Annual administration report of the Civil Veterinary Department of India - 1897-1898
Year: 1897
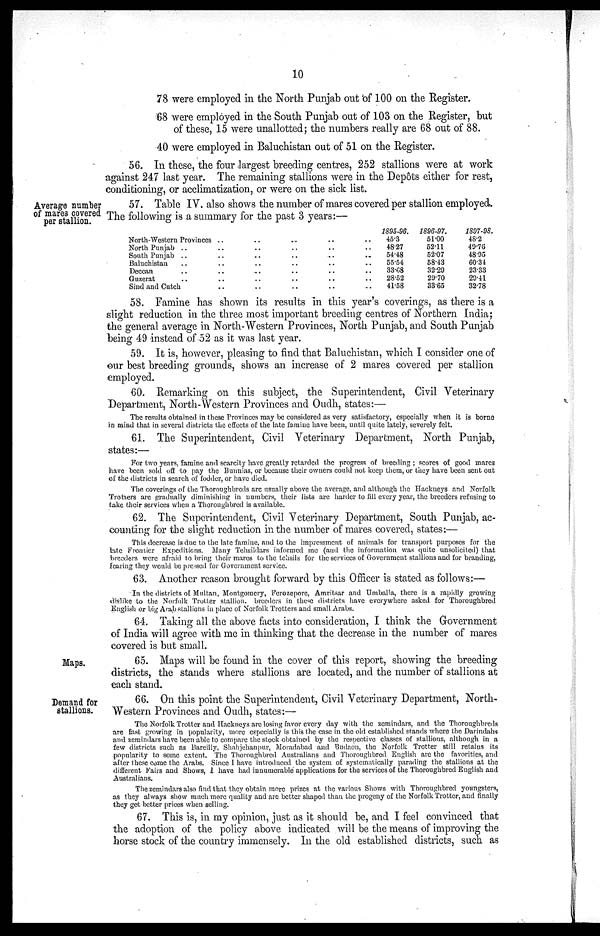
10
78 were employed in the North Punjab out of 100 on the Register.
68 were employed in the South Punjab out of 103 on the Register, but
of these, 15 were unallotted; the numbers really are 68 out of 88.
40 were employed in Baluchistan out of 51 on the Register.
56. In these, the four largest breeding centres, 252 stallions were at work
against 247 last year. The remaining stallions were in the Depôts either for rest,
conditioning, or acclimatization, or were on the sick list.
Average number
of mares covered
per stallion.
57. Table IV. also shows the number of mares covered per stallion employed.
The following is a summary for the past 3 years:—
North-Western Provinces ..
North Punjab .. ..
South Punjab .. ..
Baluchistan .. ..
Deccan .. ..
Guzerat .. ..
Sind and Cutch ..
..
..
..
..
..
..
..
..
..
..
..
..
..
..
..
..
..
..
..
..
..
..
..
..
..
..
..
..
1895-96.
45.3
48.27
54.48
55.54
33.68
28.52
41.58
1896-97.
51.00
52.11
52.07
58.43
32.29
29.70
33.65
1897-98.
48.2
49.76
48.95
60.34
23.33
29.41
32.78
58. Famine has shown its results in this year's coverings, as there is a
slight reduction in the three most important breeding centres of Northern India;
the general average in North-Western Provinces, North Punjab, and South Punjab
being 49 instead of 52 as it was last year.
59. It is, however, pleasing to find that Baluchistan, which I consider one of
our best breeding grounds, shows an increase of 2 mares covered per stallion
employed.
60. Remarking on this subject, the Superintendent, Civil Veterinary
Department, North-Western Provinces and Oudh, states:—
The results obtained in these Provinces may be considered as very satisfactory, especially when it is borne
in mind that in several districts the effects of the late famine have been, until quite lately, severely felt.
61. The Superintendent, Civil Veterinary Department, North Punjab,
states:—
For two years, famine and scarcity have greatly retarded the progress of breeding ; scores of good mares
have been sold off to pay the Bunnias, or because their owners could not keep them, or they have been sent out
of the districts in search of fodder, or have died.
The coverings of the Thoroughbreds are usually above the average, and although the Hackneys and Norfolk
Trotters are gradually diminishing in numbers, their lists are harder to fill every year, the breeders refusing to
take their services when a Thoroughbred is available.
62. The Superintendent, Civil Veterinary Department, South Punjab, ac-
counting for the slight reduction in the number of mares covered, states:—
This decrease is due to the late famine, and to the impressment of animals for transport purposes for the
late Frontier Expeditions. Many Tehsildars informed me (and the information was quite unsolicited) that
breeders were afraid to bring their mares to the tehsils for the services of Government stallions and for branding,
fearing they would be pressed for Government service.
63. Another reason brought forward by this Officer is stated as follows:—
In the districts of Multan, Montgomery, Ferozepore, Amritsar and Umballa, there is a rapidly growing
dislike to the Norfolk Trotter stallion, breeders in these districts have everywhere asked for Thoroughbred
English or big Arab stallions in place of Norfolk Trotters and small Arabs.
64. Taking all the above facts into consideration, I think the Government
of India will agree with me in thinking that the decrease in the number of mares
covered is but small.
Maps.
65. Maps will be found in the cover of this report, showing the breeding
districts, the stands where stallions are located, and the number of stallions at
each stand.
Demand for
stallions.
66. On this point the Superintendent, Civil Veterinary Department, North-
Western Provinces and Oudh, states:—
The Norfolk Trotter and Hackneys are losing favor every day with the zemindars, and the Thoroughbreds
are fast growing in popularity, more especially is this the case in the old established stands where the Darindahs
and zemindars have been able to compare the stock obtained by the respective classes of stallions, although in a
few districts such as Bareilly, Shahjehanpur, Moradabad and Budaon, the Norfolk Trotter still retains its
popularity to some extent. The Thoroughbred Australians and Thoroughbred English are the favorities, and
after these come the Arabs. Since I have introduced the system of systematically parading the stallions at the
different Fairs and Shows, I have had innumerable applications for the services of the Thoroughbred English and
Australians.
The zemindars also find that they obtain more prizes at the various Shows with Thoroughbred youngsters,
as they always show much more quality and are better shaped than the progeny of the Norfolk Trotter, and finally
they get better prices when selling.
67. This is, in my opinion, just as it should be, and I feel convinced that
the adoption of the policy above indicated will be the means of improving the
horse stock of the country immensely. In the old established districts, such as